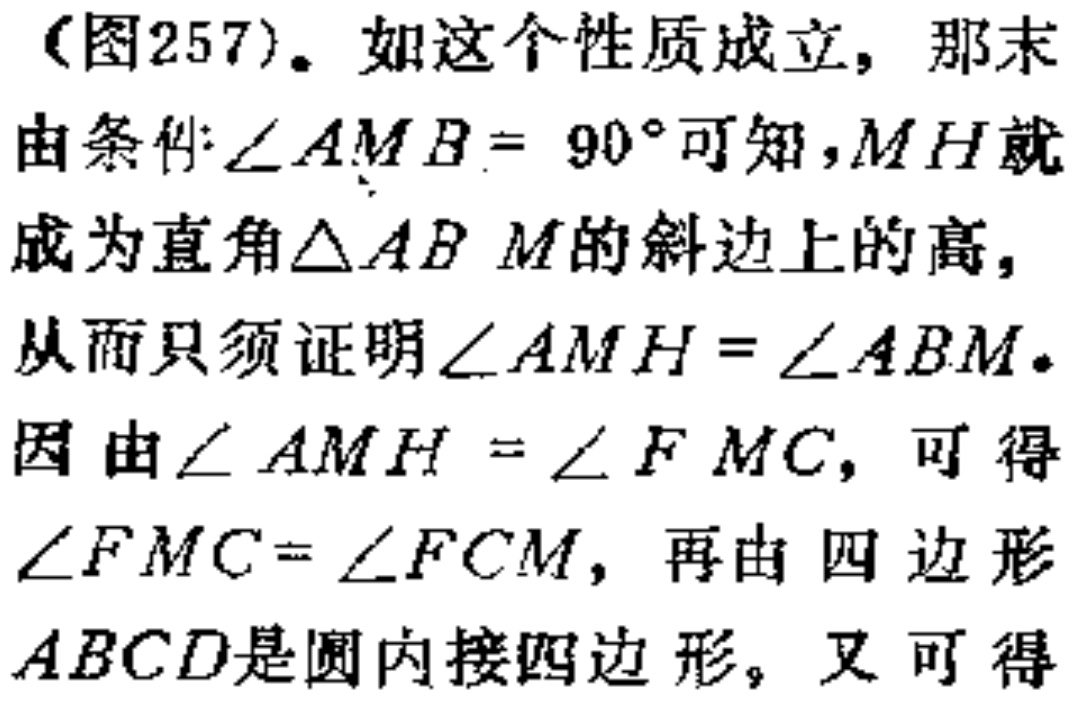
（图257）。如这个性质成立，那末
由条件\(\angle AMB = 90^{\circ}\)可知，\(MH\)就
成为直角\(\triangle ABM\)的斜边上的高，
从而只须证明\(\angle AMH = \angle ABM\)。
因由\(\angle AMH = \angle FMC\)，可得
\(\angle FMC=\angle FCM\)，再由四边形
\(ABCD\)是圆内接四边形，又可得